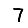
Digit: 7